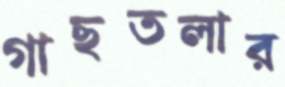
গাছতলার